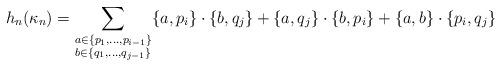
LaTeX: \begin{align*}h_n(\kappa_n) = \sum_{\substack{a \in \{p_1, \dots, p_{i-1}\} \\ b\in \{q_1, \dots, q_{j-1}\}}} \{a, p_i\} \cdot \{b,q_j\} + \{a, q_j\} \cdot \{b, p_i\} + \{a,b\}\cdot \{p_i,q_j\}\end{align*}